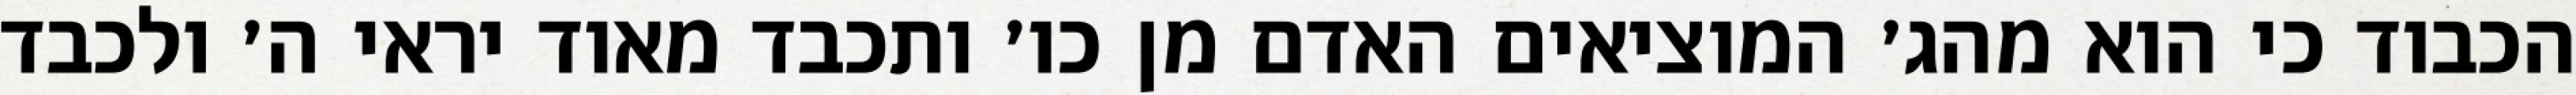
הכבוד כי הוא מהג׳ המוציאים האדם מן כו׳ ותכבד מאוד יראי ה׳ ולכבד